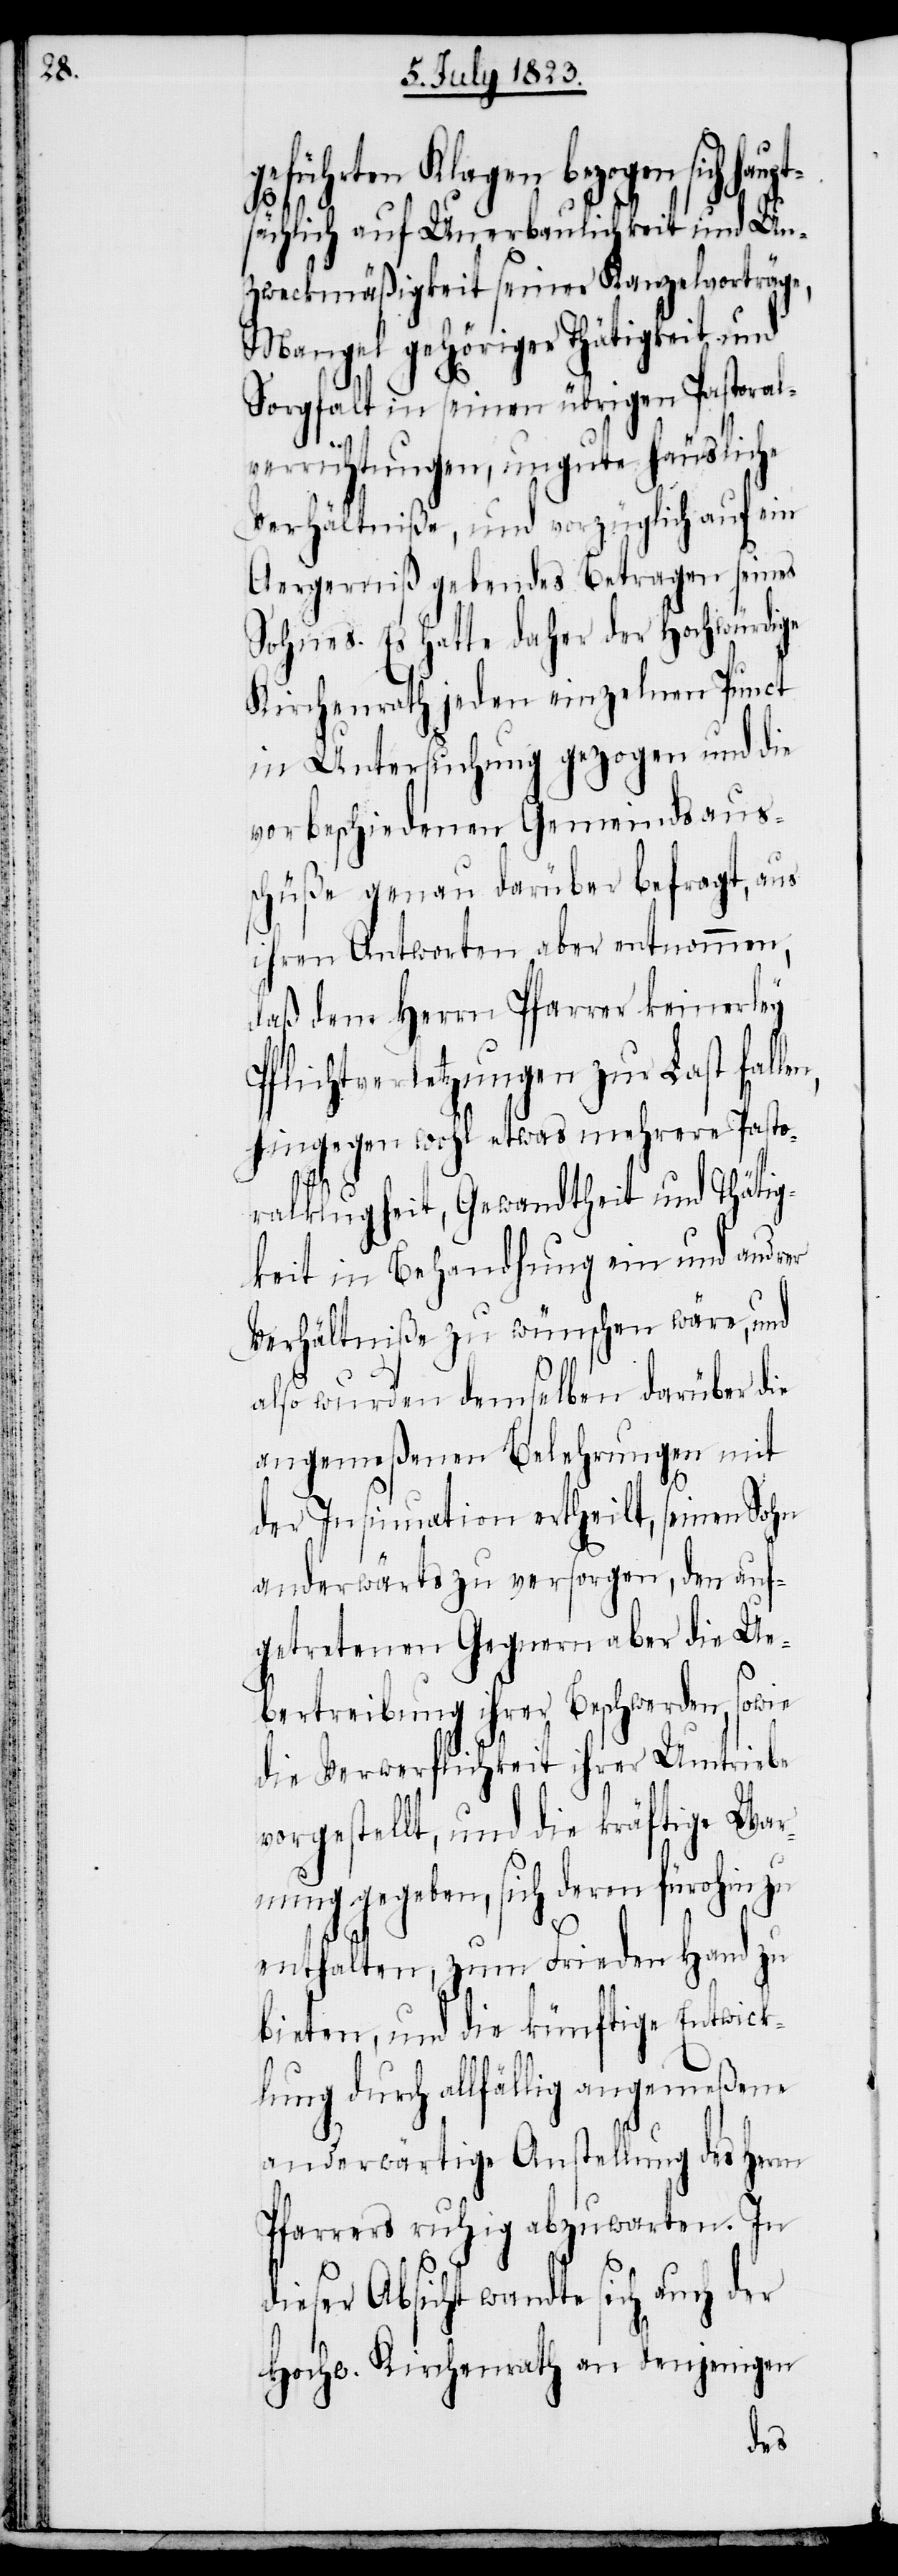
geführten Klagen bezogen sich h¬
sächlich auf Unerbaulichkeit und Un¬
zweckmäßigkeit seiner Kanzelvorträge,
Mangel gehöriger Thätigkeit und
Sorgfalt in seinen übrigen Pastoral¬
verrichtungen, ungute häusliche
Verhältniße, und vorzüglich auf ein
Aergerniß gebendes Betragen seines
Sohnes. Es hatte daher der Hochwürdige
Kirchenrath jeden einzelnen Punct
in Untersuchung gezogen und die
vorbeschiedenen Gemeindsaus¬
schüße genau darüber befragt, aus
ihren Antworten aber entnommen,
daß dem Herrn Pfarrer keinerley
Pflichtverletzungen zur Last fall¬
hingegen wohl etwas mehrere Pasto¬
en,
ralklugheit, Gewandtheit und Thätig¬
keit in Behandlung ein und andrer
Verhältniße zu wünschen wäre, und
also wurden demselben darüber die
angemeßenen Belehrungen mit
der Insinuation ertheilt, seinen Sohn
anderwärts zu versorgen, den auf¬
getretenen Gegnern aber die Ue¬
bertreibung ihrer Beschwerden, sowie
die Verwerflichkeit ihrer Umtriebe
vorgestellt, und die kräftige War¬
nung gegeben, sich deren fürohin zu
enthalten, zum Frieden Hand zu
bieten, und die künftige Entwick¬
lung durch allfällig angemeßene
anderwärtige Anstellung des Herrn
Pfarrers ruhig abzuwarten. In
dieser Absicht wandte sich auch der
Hochw. Kirchenrath an denjenigen